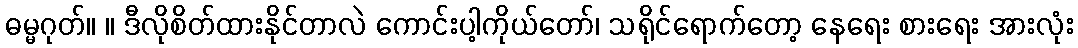
ဓမ္မဂုတ်။ ။ ဒီလိုစိတ်ထားနိုင်တာလဲ ကောင်းပါ့ကိုယ်တော်၊ သရိုင်ရောက်တော့ နေရေး စားရေး အားလုံး